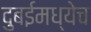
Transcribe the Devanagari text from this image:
दुबईमध्येच